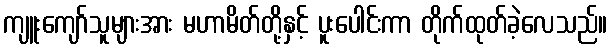
ကျူးကျော်သူများအား မဟာမိတ်တို့နှင့် ပူးပေါင်းကာ တိုက်ထုတ်ခဲ့လေသည်။